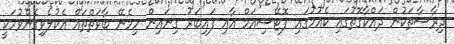
ދިރާސާތަކުން ދައްކާގޮތުގައި ކެއުމުގައި ޕޮޓޭސިއަމް އާއި ފައިބަރު ގިނައިން ހިމެނޭ ބާވަތްތައް އެކުލެވިގެންވުމަކީ